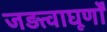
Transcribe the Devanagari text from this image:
जड़त्वाघूर्णों